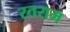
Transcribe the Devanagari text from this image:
रतराम